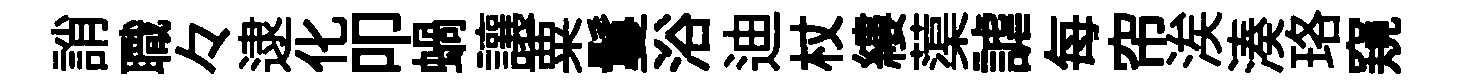
誚職々逮化叩蝸讓粟鬘浴迪杖縷蕖謔每帘涘湊珞窺